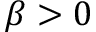
\beta > 0